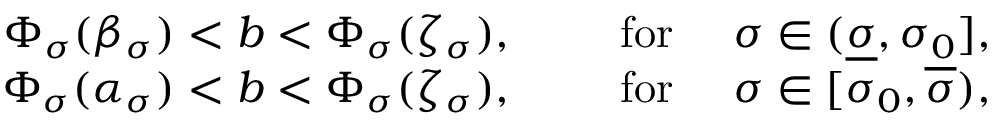
\begin{array} { r } { \Phi _ { \sigma } ( \beta _ { \sigma } ) < b < \Phi _ { \sigma } ( \zeta _ { \sigma } ) , \qquad \mathrm { ~ f o r ~ } \quad \sigma \in ( \underline { \sigma } , \sigma _ { 0 } ] , } \\ { \Phi _ { \sigma } ( \alpha _ { \sigma } ) < b < \Phi _ { \sigma } ( \zeta _ { \sigma } ) , \qquad \mathrm { ~ f o r ~ } \quad \sigma \in [ \sigma _ { 0 } , \overline { \sigma } ) , } \end{array}